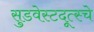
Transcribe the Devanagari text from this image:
सुडवेस्टदूत्स्चे